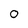
Character: 0